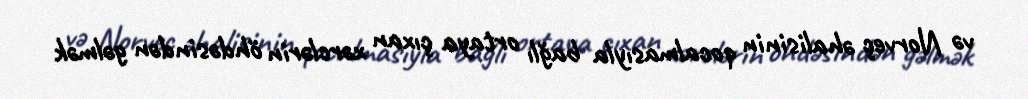
və Norveç əhalisinin qocalmasıyla bağlı ortaya çıxan xərclərin öhdəsindən gəlmək